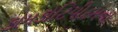
કામકોટિપીઠમના